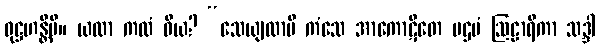
ဝုဋ္ဌဟန္တိပိ။ ယထာ ကထံ ဝိယ? “သေယျထာပိ ကံသေ အာကောဋိတေ ပဌမံ ဩဠာရိကာ သဒ္ဒါ